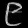
Digit: ၉